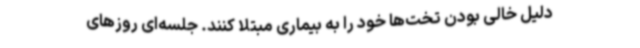
دلیل خالی بودن تخت‌ها خود را به بیماری مبتلا کنند. جلسه‌ای روزهای